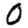
Digit: 0